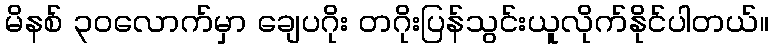
မိနစ် ၃၀လောက်မှာ ချေပဂိုး တဂိုးပြန်သွင်းယူလိုက်နိုင်ပါတယ်။